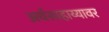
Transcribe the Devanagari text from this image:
अर्थसाहाय्यावर